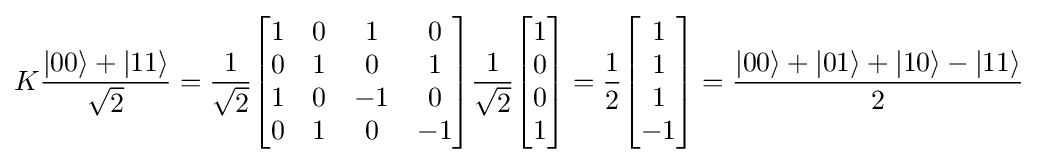
K{\frac {|00\rangle +|11\rangle }{\sqrt {2}}}={\frac {1}{\sqrt {2}}}{\begin{bmatrix}1&0&1&0\\0&1&0&1\\1&0&-1&0\\0&1&0&-1\end{bmatrix}}{\frac {1}{\sqrt {2}}}{\begin{bmatrix}1\\0\\0\\1\end{bmatrix}}={\frac {1}{2}}{\begin{bmatrix}1\\1\\1\\-1\end{bmatrix}}={\frac {|00\rangle +|01\rangle +|10\rangle -|11\rangle }{2}}